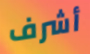
أشرف